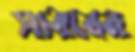
সারাবন